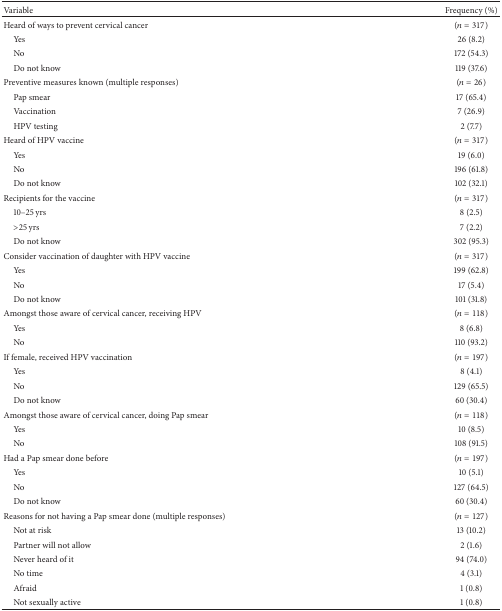
<table><thead><tr><td><b>Variable</b></td><td><b>Frequency (%)</b></td></tr></thead><tbody><tr><td>Heard of ways to prevent cervical cancer</td><td> (<i>n</i> = 317)</td></tr><tr><td> Yes</td><td>26 (8.2)</td></tr><tr><td> No</td><td>172 (54.3)</td></tr><tr><td> Do not know</td><td>119 (37.6)</td></tr><tr><td>Preventive measures known (multiple responses)</td><td> (<i>n</i> = 26)</td></tr><tr><td> Pap smear</td><td>17 (65.4)</td></tr><tr><td> Vaccination</td><td>7 (26.9)</td></tr><tr><td> HPV testing</td><td>2 (7.7)</td></tr><tr><td>Heard of HPV vaccine</td><td> (<i>n</i> = 317)</td></tr><tr><td> Yes</td><td>19 (6.0)</td></tr><tr><td> No</td><td>196 (61.8)</td></tr><tr><td> Do not know</td><td>102 (32.1)</td></tr><tr><td>Recipients for the vaccine</td><td> (<i>n</i> = 317)</td></tr><tr><td> 10–25 yrs</td><td>8 (2.5)</td></tr><tr><td> &gt;25 yrs</td><td>7 (2.2)</td></tr><tr><td> Do not know</td><td>302 (95.3)</td></tr><tr><td>Consider vaccination of daughter with HPV vaccine</td><td> (<i>n</i> = 317)</td></tr><tr><td> Yes</td><td>199 (62.8)</td></tr><tr><td> No</td><td>17 (5.4)</td></tr><tr><td> Do not know</td><td>101 (31.8)</td></tr><tr><td>Amongst those aware of cervical cancer, receiving HPV</td><td> (<i>n</i> = 118)</td></tr><tr><td> Yes </td><td>8 (6.8)</td></tr><tr><td> No </td><td>110 (93.2)</td></tr><tr><td>If female, received HPV vaccination</td><td> (<i>n</i> = 197)</td></tr><tr><td> Yes</td><td>8 (4.1)</td></tr><tr><td> No</td><td>129 (65.5)</td></tr><tr><td> Do not know</td><td>60 (30.4)</td></tr><tr><td>Amongst those aware of cervical cancer, doing Pap smear</td><td>(<i>n</i> = 118)</td></tr><tr><td> Yes</td><td>10 (8.5)</td></tr><tr><td> No </td><td>108 (91.5)</td></tr><tr><td>Had a Pap smear done before</td><td> (<i>n</i> = 197)</td></tr><tr><td> Yes</td><td>10 (5.1)</td></tr><tr><td> No</td><td>127 (64.5)</td></tr><tr><td> Do not know</td><td>60 (30.4)</td></tr><tr><td>Reasons for not having a Pap smear done (multiple responses)</td><td> (<i>n</i> = 127)</td></tr><tr><td> Not at risk</td><td>13 (10.2)</td></tr><tr><td> Partner will not allow</td><td>2 (1.6)</td></tr><tr><td> Never heard of it</td><td>94 (74.0)</td></tr><tr><td> No time</td><td>4 (3.1)</td></tr><tr><td> Afraid</td><td>1 (0.8)</td></tr><tr><td> Not sexually active</td><td>1 (0.8)</td></tr></tbody></table>